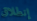
إنطلاق